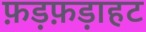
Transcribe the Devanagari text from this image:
फ़ड़फ़ड़ाहट